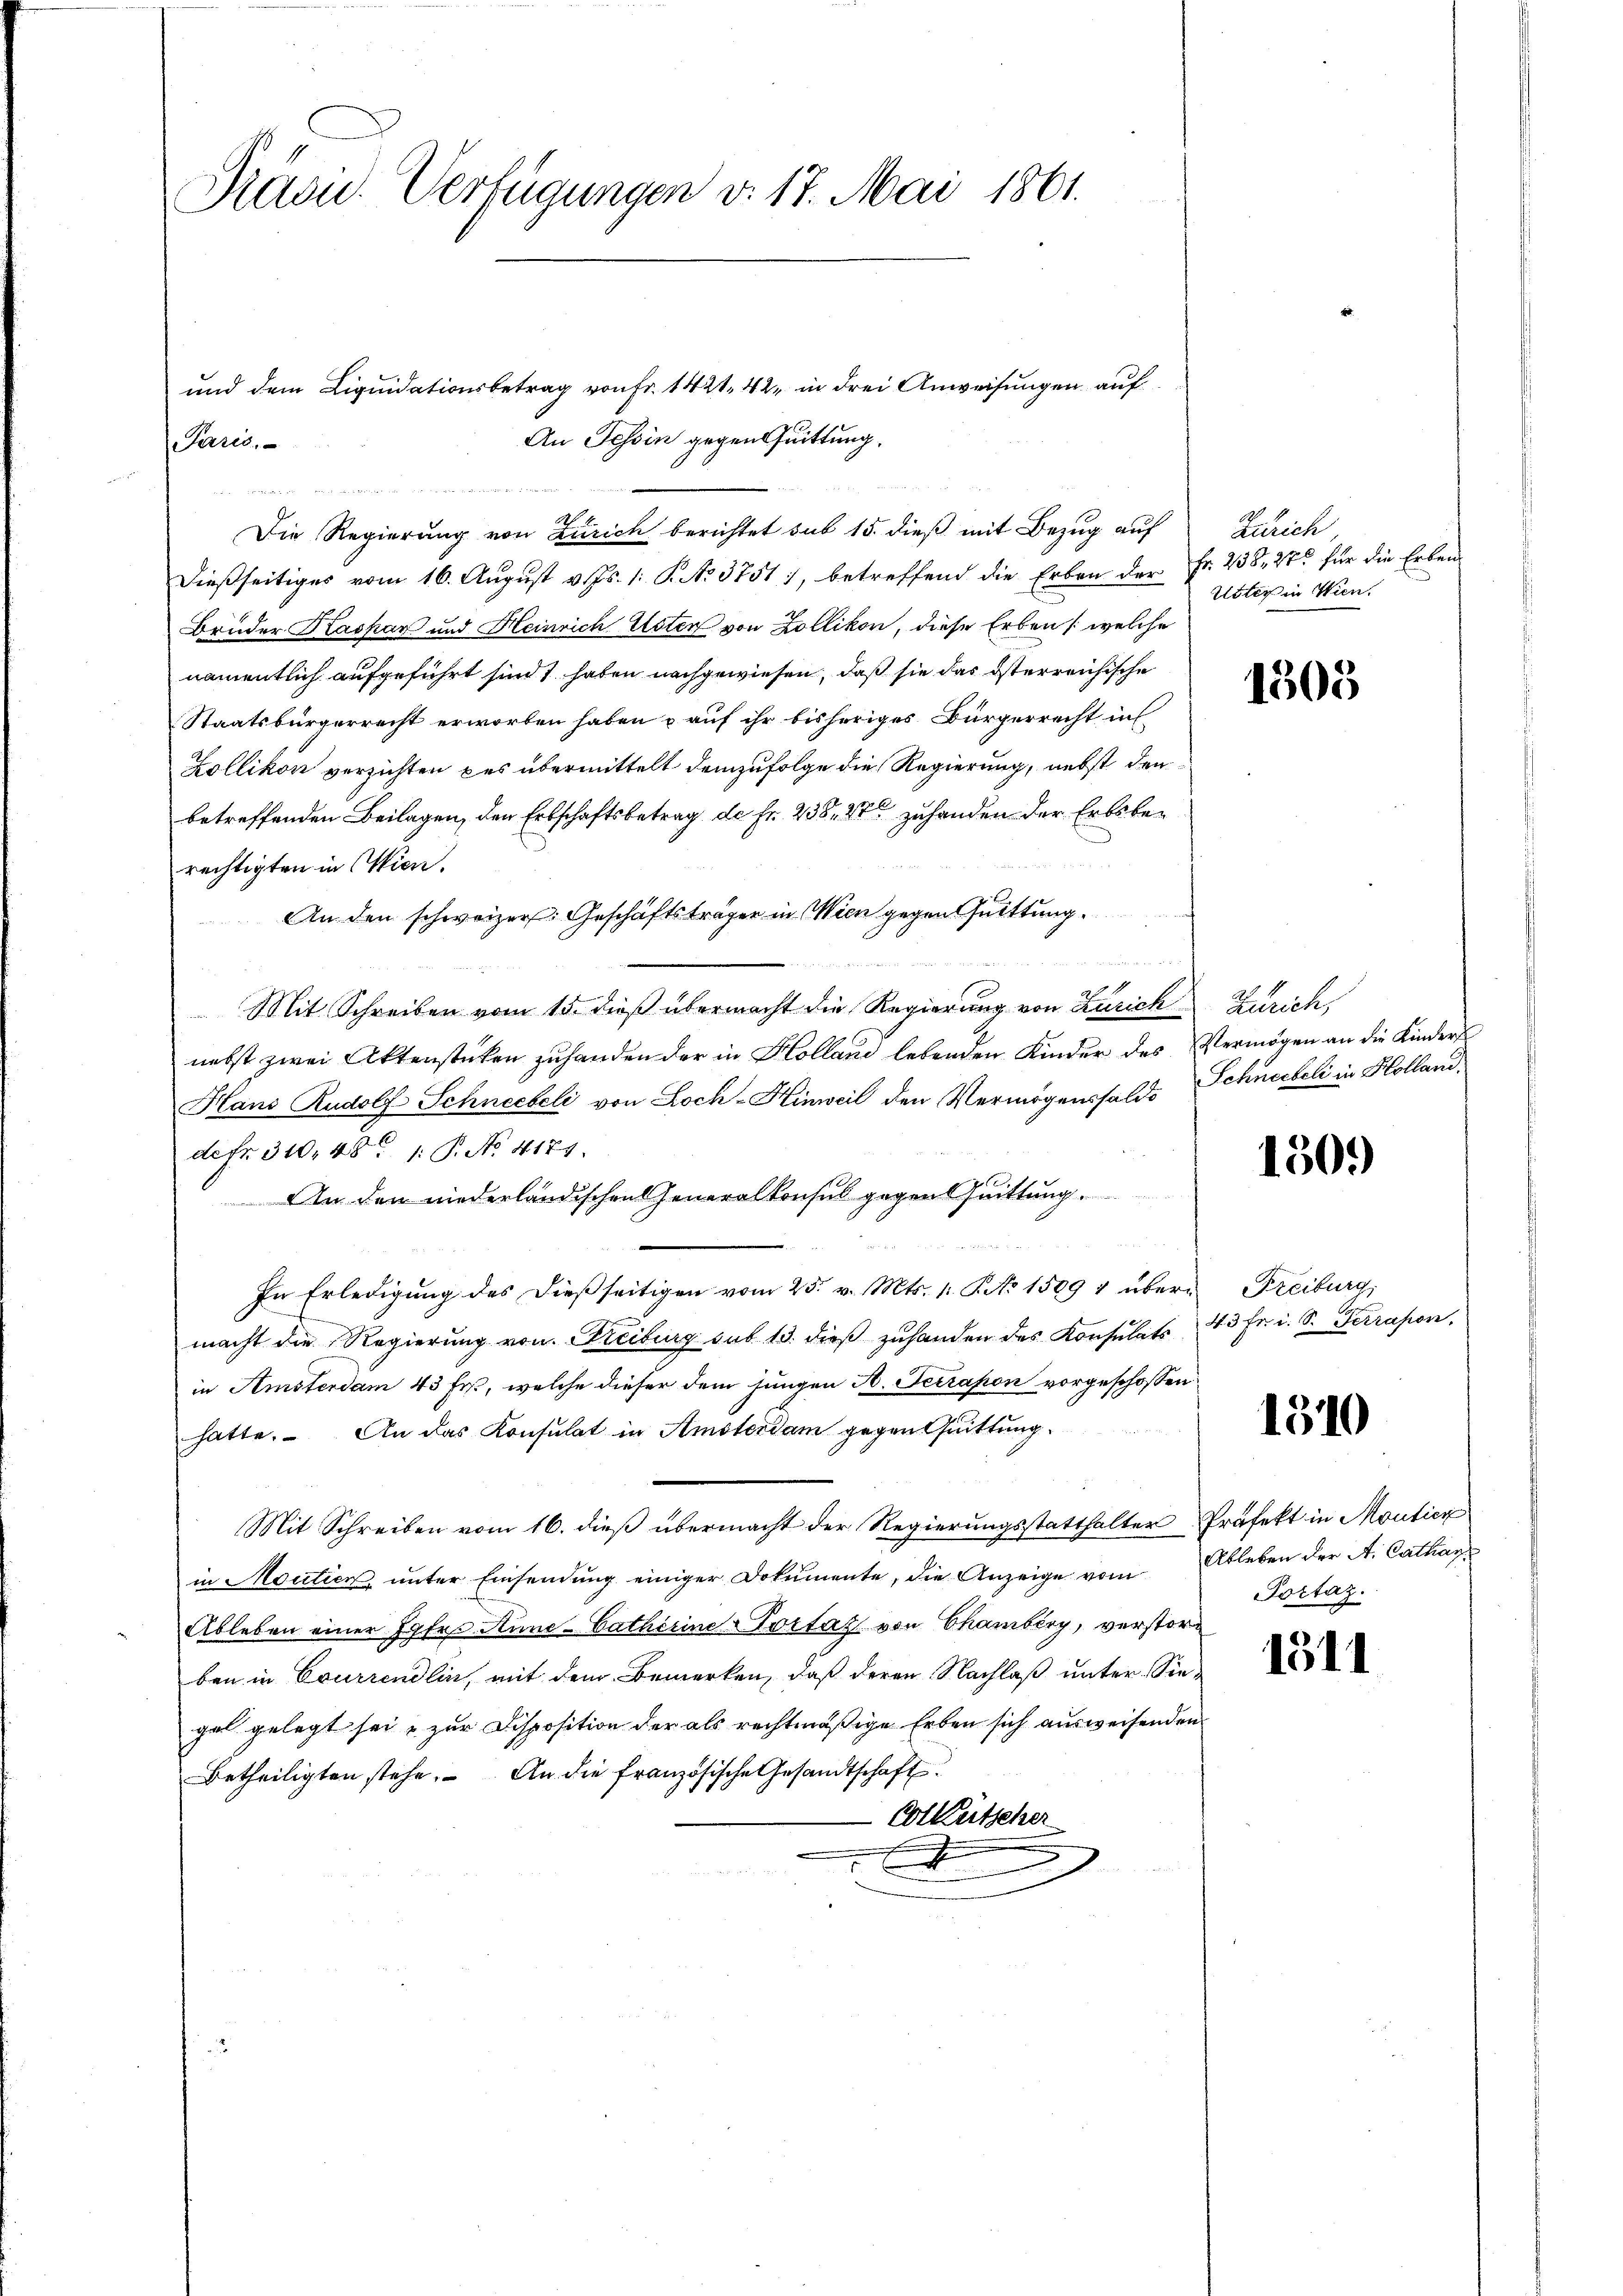
Präsid. Verfügungen v. 17. Mai 1861.

und dem Liquidationsbetrag von Fr. 1421. 42, in drei Anweisungen auf
An Tessin gegen Quittung.
Paris.
S.
Die Regierung von Zürich berichtet sub 15. dieß mit Bezug auf
dießseitiges vom 16. August v. Js. 1. P. No 3751), betreffend die Erben der Fr. 238, 27 für die Erlen¬
Brüder Kaspar und Heinrich Uster von Zollikon, diese Erben (welche
namentlich aufgeführt sind 1 haben nachgewiesen, daß sie das österreichische
Staatsbürgerrecht erworben haben & auf ihr bisheriges Bürgerrecht in
Zollikon verzichten des übermittelt demzufolge die Regierung, nebst den
betreffenden Beilagen, den Erbschaftsbetrag de fr. 238, 27 zuhanden der Erbsberechtigten in Wien.
An den schweizer. Geschäftsträger in Wien gegen Quittung
Mit Schreiben vom 15. dieß übermacht die Regierung von Zürich Zürich,
nebst zwei Aktenstücken zuhanden der in Holland lebenden Kinder des Vermögen an die Kinders
Hlans Rudolf Schneebeli von Loch-Hinweil den Vermögenshalde Schneebeli in Holland
defr. 310, 48. 1: P. No. 4171.
An den niederländischen Generalkonsul gegen Quittung
In Erledigung des dießseitigen vom 25. v. Mts. 1. P. No 1509 1 über Freiburg,
macht die Regierung von Freiburg sub 13. dieβ zŭhanden des Konsulats 43 fr. i. S. Terrason.
in Amsterdam 43 Fr., welche dieser dem jungen A. Testapon vorgeschossen
hatte. An das Konsulat in Amsterdam gegen Quittung.
Mit Schreiben vom 16. dieß übermacht der Regierungsstatthalter Präfekt in Moutier
in Moutien, ŭnter Einsendŭng einiger Dokumente, die Anzeige vom Ableben der A. Cathan
Ableben einer Jgfr. Kund-Catharine Portas von Chamberg, verstorben in Crurrendlin, mit dem Bemerken, daß deren Nachlaß unter Siegel gelegt sei & zur Disposition der als rechtmäßige Erben sich ausweisenden
Betheiligten stehe. An die französische Gesandtschaft
Cotkutscher

sehr geht hat in der den Seiten der einen

Zürich
Uster in Wien.

1305

150.

1310

Portaz.

1311